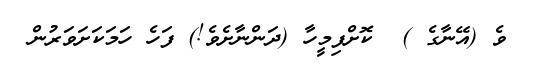
ވެ (އޭނާގެ )  ކޮށްފިމީހާ (ދަންނާށެވެ!) ފަހެ ހަމަކަށަވަރުން